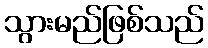
သွားမည်ဖြစ်သည်